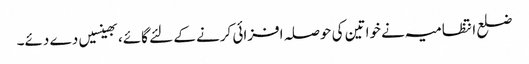
ضلع انتظامیہ نے خواتین کی حوصلہ افزائی کرنے کے لئے گائے، بھینسیں دے دئے۔